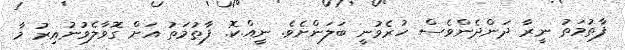
ފާތުމަތު ނީރާ ދަންދެންވެސް ހުރެވުނީ ބަލަންށެވެ. ނީއް.ކޮ. ފާތުމަތު އަށް ގޮވާލެވުނުއިރު މާ